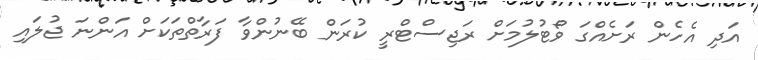
އަދި އެހެން ރަށެއްގަ ވޯޓުލުމަށް ރަޖިސްޓްރީ ކުރަން ބޭނުންވާ ފަރާތްތަކަށް އަންނަ ޖުލައި